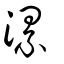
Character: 漯